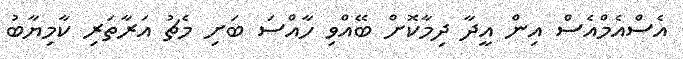
އެސްއެމްއެސް އިން އީދާ ދިމާކޮށް ބޭއްވި ހާއްސަ ބަށި މެޗު އަރާތަރި ކާމިޔާބު